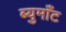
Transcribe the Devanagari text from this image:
ब्युमाँट